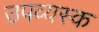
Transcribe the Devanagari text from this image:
उपव्यस्क